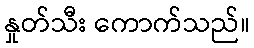
နှုတ်သီး ကောက်သည်။